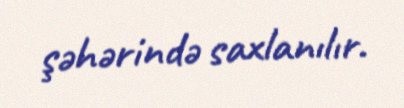
şəhərində saxlanılır.